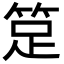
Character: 𥭽